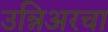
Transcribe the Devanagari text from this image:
उन्निअरचा